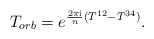
\begin{align*}T_{orb} = e^{ \frac{2\pi {\rm i}}{n} (T^{12} - T^{34})}.\end{align*}